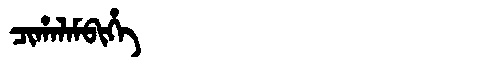
Manchu: ᠴᡳᡥᠠᠯᠠᠮᠪᡳᡥᡝ
Romanization: CIHALAMBIHE